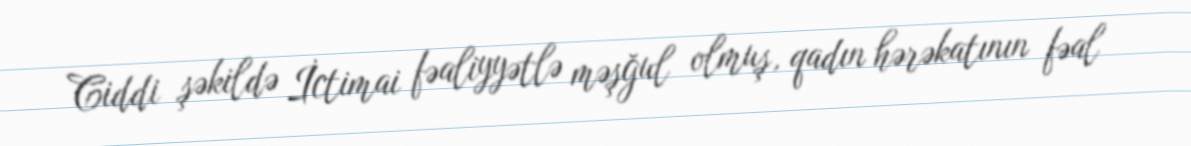
Ciddi şəkildə İctimai fəaliyyətlə məşğul olmuş, qadın hərəkatının fəal